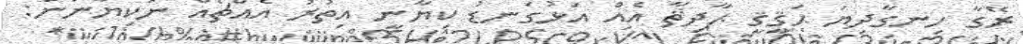
ރޭގާ ހިނގާދިޔަ ޙަޤީޤީ ޙާދިޘާ އެއް އަޅުގަނޑު ކިޔާނީ އިތުރު އެއްޗެއް ނުކިޔާނަން: